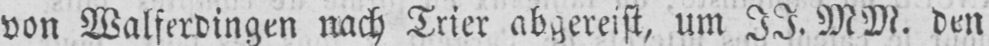
von Walferdingen nach Trier abgereist, um II. MM. den